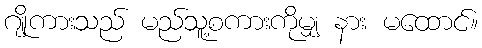
ဂျိုကားသည် မည်သူ့စကားကိုမျှ နား မထောင်။